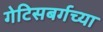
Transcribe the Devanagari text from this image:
गेटिसबर्गच्या